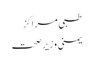
طبی مراکز
یمنی وزیر صحت